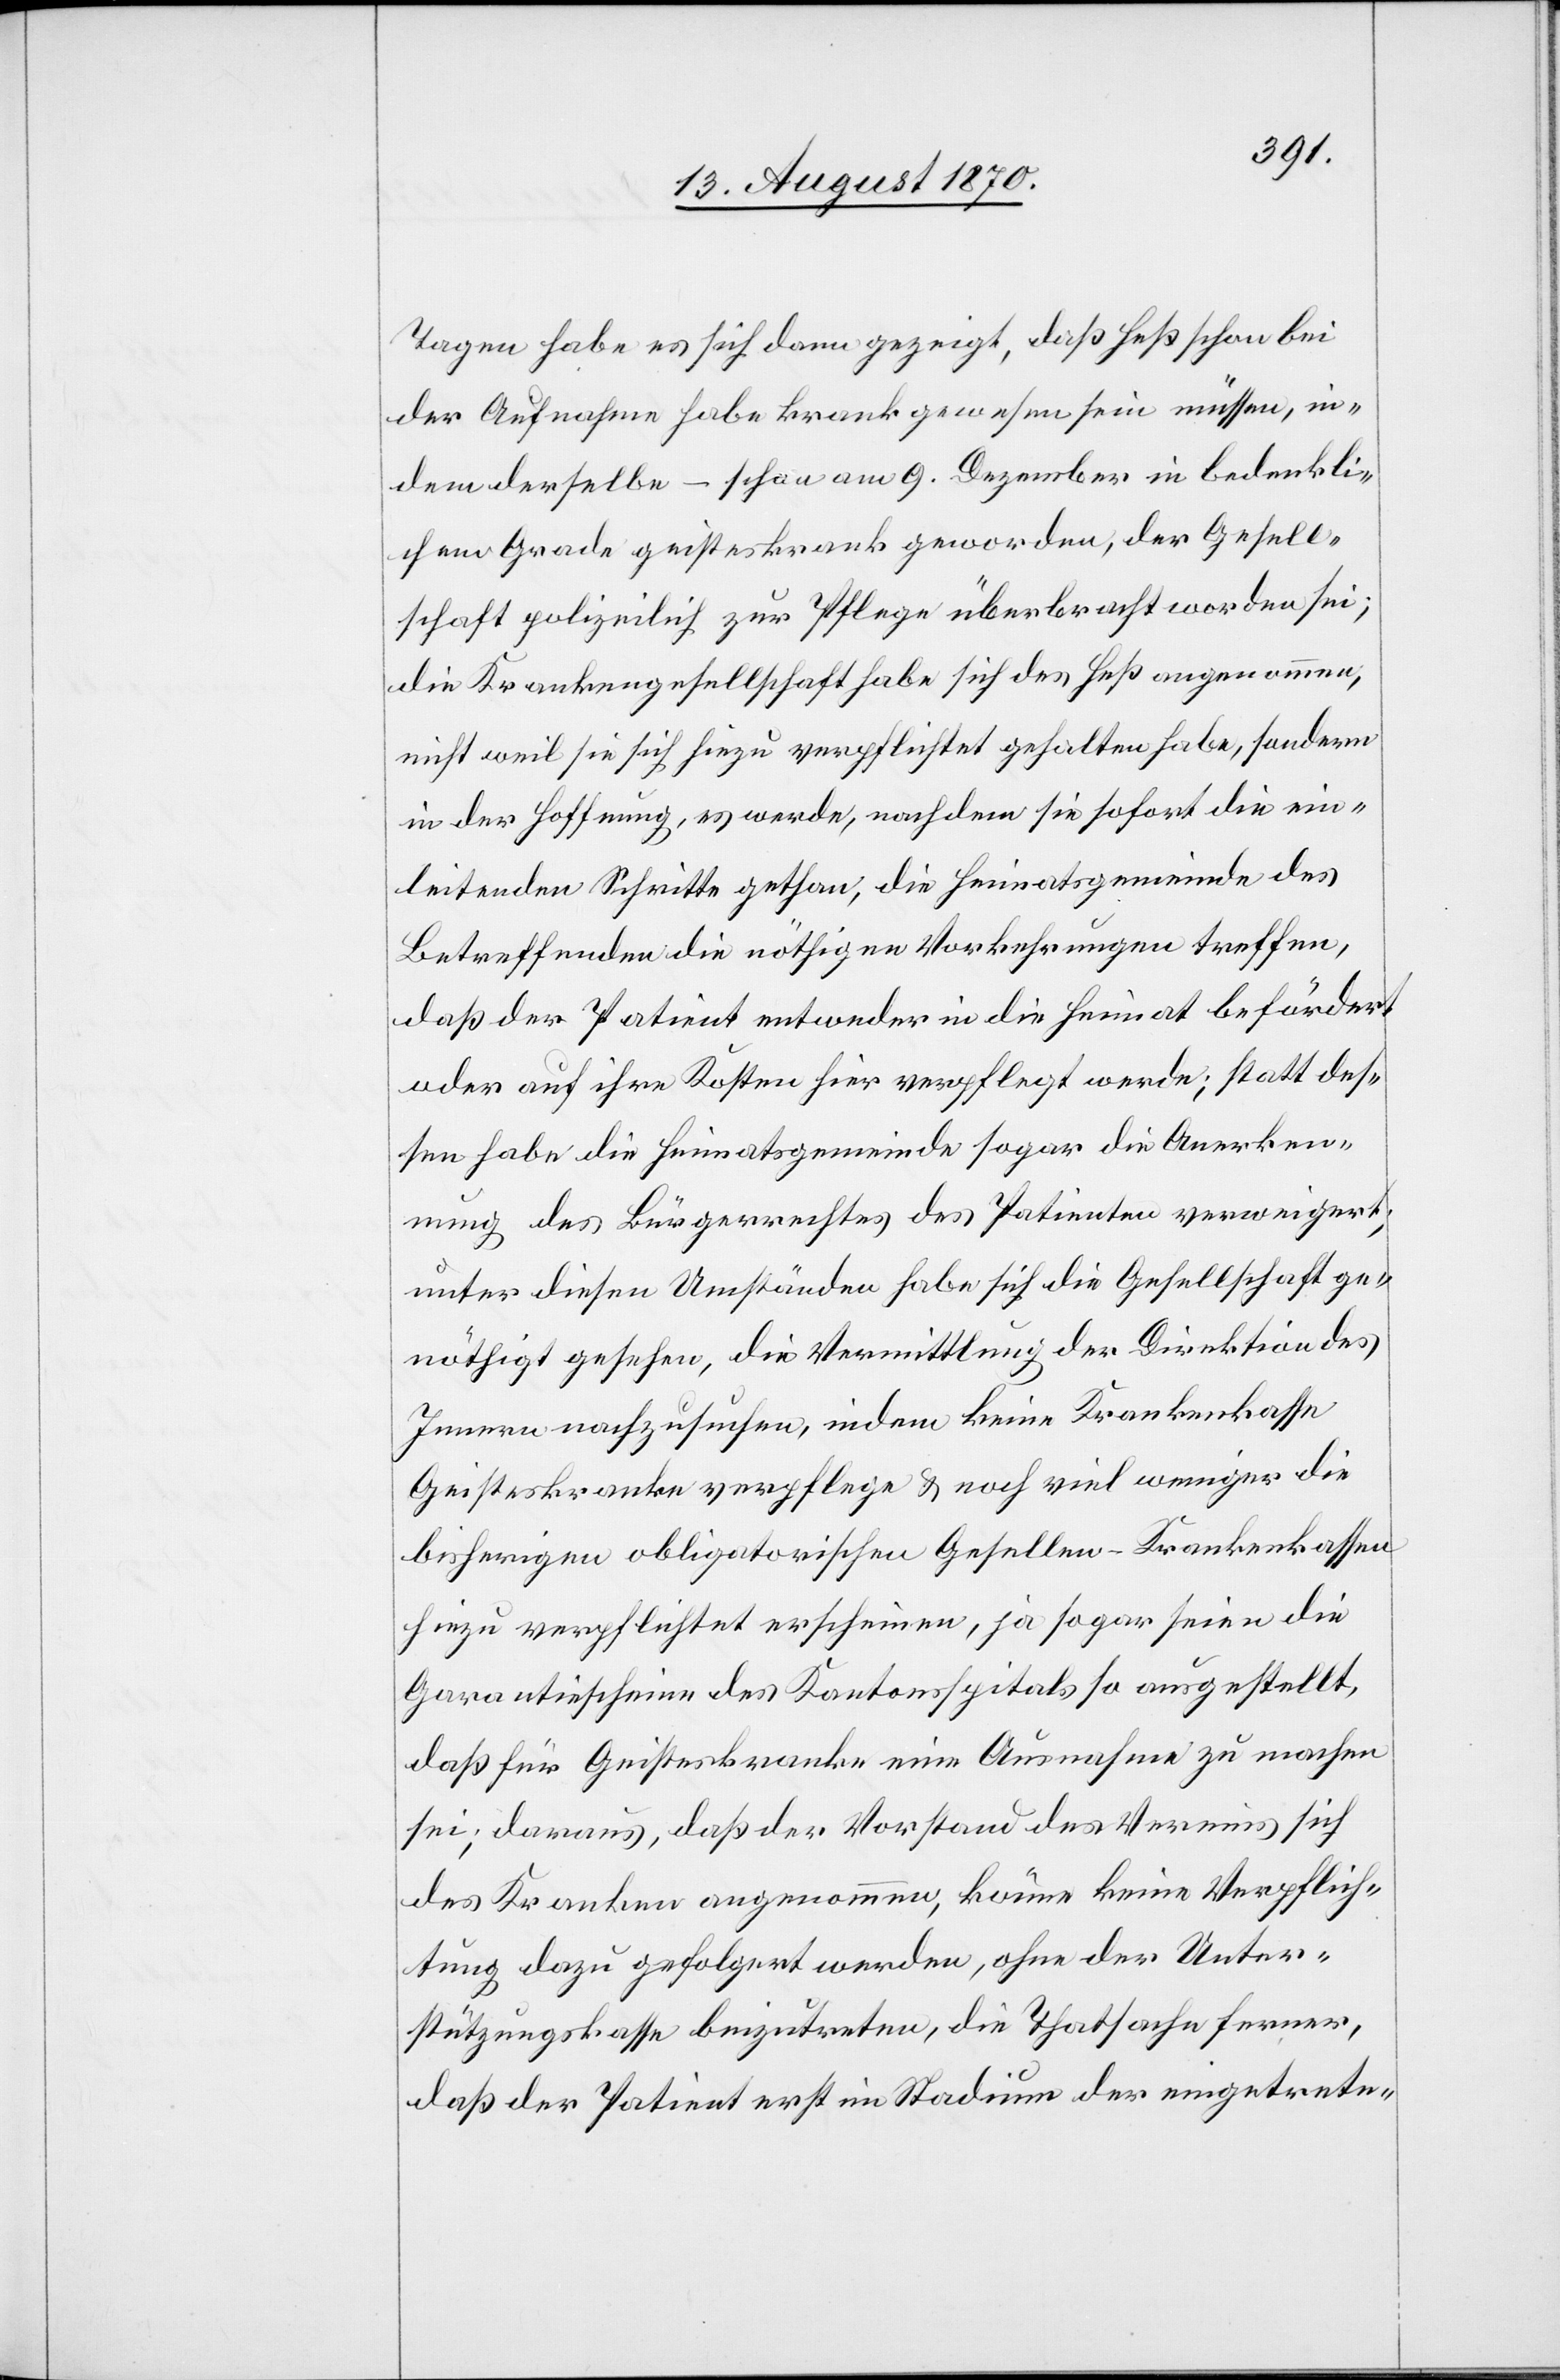
Tagen habe es sich dann gezeigt, daß Heß schon bei
der Aufnahme habe krank gewesen sein müssen, in¬
dem derselbe – schon am 9. Dezember in bedenkli¬
chem Grade geisteskrank geworden, der Gesell¬
schaft polizeilich zur Pflege überbracht worden sei;
die Krankengesellschaft habe sich des Heß angenommen,
nicht weil sie sich hiezu verpflichtet gehalten habe, sondern
in der Hoffnung, es werde, nachdem sie sofort die ein¬
leitenden Schritte gethan, die Heimatsgemeinde des
Betreffenden die nöthigen Vorkehrungen treffen,
daß der Patient entweder in die Heimat befördert
oder auf ihre Kosten hier verpflegt werde; statt des¬
sen habe die Heimatsgemeinde sogar die Anerken¬
nung des Bürgerrechtes des Patienten verweigert;
unter diesen Umständen habe sich die Gesellschaft ge¬
nöthigt gesehen, die Vermittlung der Direktion des
Innern nachzusuchen, indem keine Krankenkasse
Geisteskranke verpflege & noch viel weniger die
bisherigen obligatorischen Gesellen-Krankenkassen
hiezu verpflichtet erscheinen, ja sogar seien die
Garantiescheine des Kantonsspitals so ausgestellt,
daß für Geisteskranke eine Ausnahme zu machen
sei; daraus, daß der Vorstand des Vereins sich
des Kranken angenommen, könne keine Verpflich¬
tung dazu gefolgert werden, ohne der Unter¬
stützungskasse beizutreten, die Thatsache ferner,
daß der Patient erst im Stadium der eingetrete-